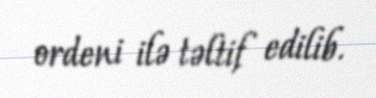
ordeni ilə təltif edilib.